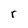
Character: r